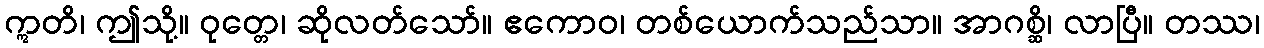
ဣတိ၊ ဤသို့။ ဝုတ္တေ၊ ဆိုလတ်သော်။ ဧကောဝ၊ တစ်ယောက်သည်သာ။ အာဂစ္ဆိ၊ လာပြီ။ တဿ၊